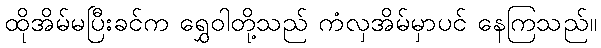
ထိုအိမ်မပြီးခင်က ရွှေဝါတို့သည် ကံလှအိမ်မှာပင် နေကြသည်။